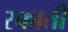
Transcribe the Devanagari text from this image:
स्काती